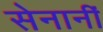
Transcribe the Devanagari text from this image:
सेनानीं